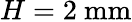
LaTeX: H=2~\mathrm{mm}